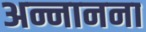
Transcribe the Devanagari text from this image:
अन्नानना